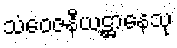
သံဝေဇနီယဋ္ဌာနေသု